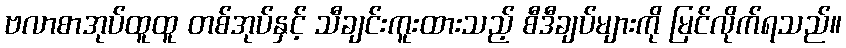
ဗလာစာအုပ်ထူထူ တစ်အုပ်နှင့် သီချင်းကူးထားသည့် စီဒီချပ်များကို မြင်လိုက်ရသည်။